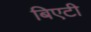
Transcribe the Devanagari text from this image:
बिएटी